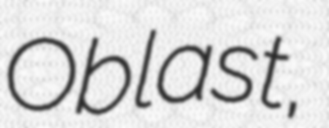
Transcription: Oblast,